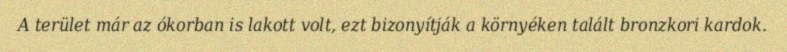
A terület már az ókorban is lakott volt, ezt bizonyítják a környéken talált bronzkori kardok.